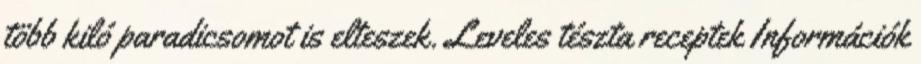
több kiló paradicsomot is elteszek. Leveles tészta receptek Információk